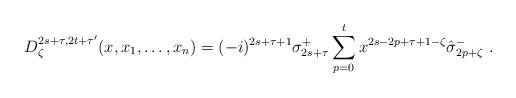
LaTeX: \begin{align*}D_{\zeta }^{2s+\tau ,2t+\tau ^{\prime }}(x,x_{1},\ldots,x_{n})=(-i)^{2s+\tau +1}\sigma _{2s+\tau }^{+}\sum_{p=0}^{t}x^{2s-2p+\tau+1-\zeta }\hat{\sigma}_{2p+\zeta }^{-}\,\,. \end{align*}